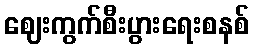
ဈေးကွက်စီးပွားရေးစနစ်